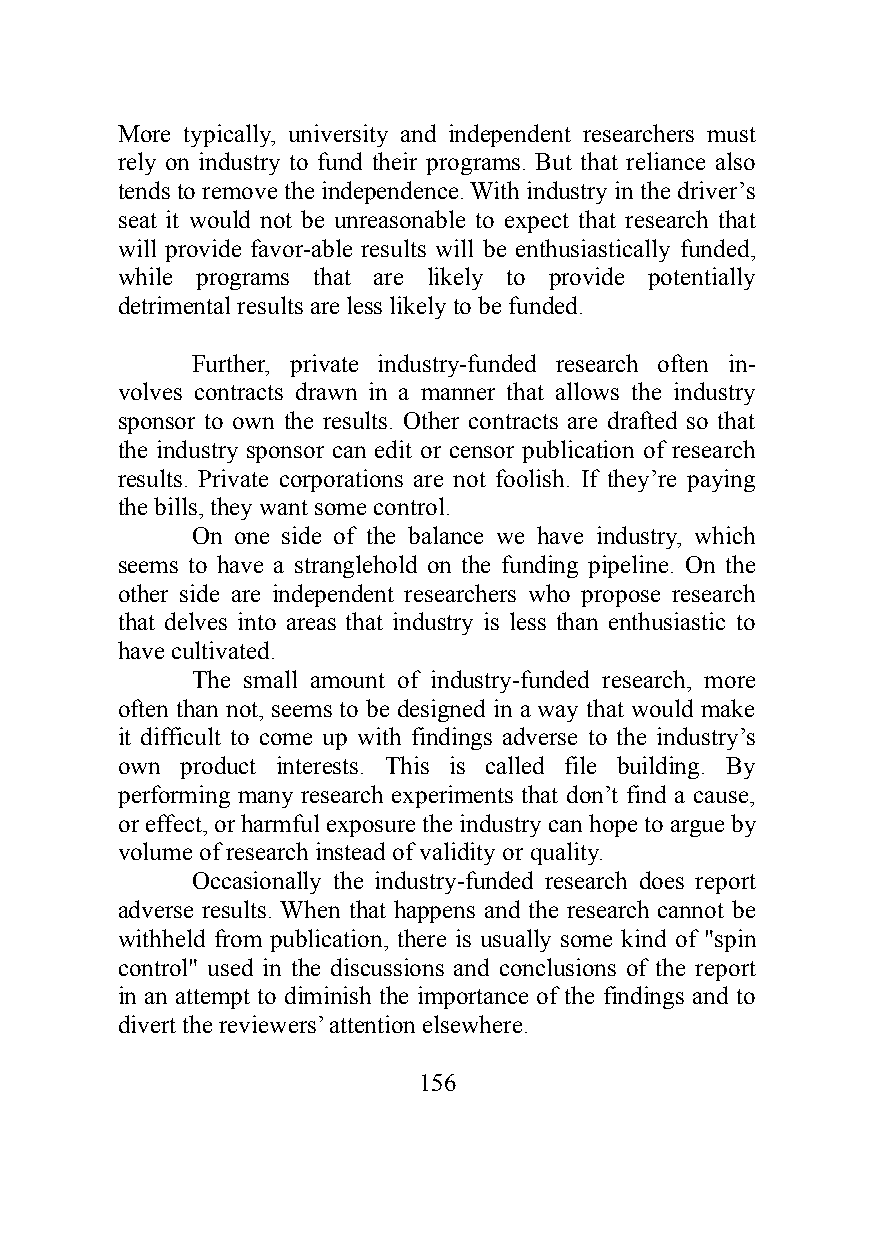
More typically, university and independent researchers must
 rely on industry to fund their programs. But that reliance also
 tends to remove the independence. With industry in the driver’s
 seat it would not be unreasonable to expect that research that
 will provide favor-able results will be enthusiastically funded,
 while programs that are likely to provide potentially
 detrimental results are less likely to be funded.
 Further, private industry-funded research often in-
 volves contracts drawn in a manner that allows the industry
 sponsor to own the results. Other contracts are drafted so that
 the industry sponsor can edit or censor publication of research
 results. Private corporations are not foolish. If they’re paying
 the bills, they want some control.
 On one side of the balance we have industry, which
 seems to have a stranglehold on the funding pipeline. On the
 other side are independent researchers who propose research
 that delves into areas that industry is less than enthusiastic to
 have cultivated.
 The small amount of industry-funded research, more
 often than not, seems to be designed in a way that would make
 it difficult to come up with findings adverse to the industry’s
 own product interests. This is called file building. By
 performing many research experiments that don’t find a cause,
 or effect, or harmful exposure the industry can hope to argue by
 volume of research instead of validity or quality.
 Occasionally the industry-funded research does report
 adverse results. When that happens and the research cannot be
 withheld from publication, there is usually some kind of "spin
 control" used in the discussions and conclusions of the report
 in an attempt to diminish the importance of the findings and to
 divert the reviewers’ attention elsewhere.
 156